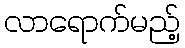
လာရောက်မည့်